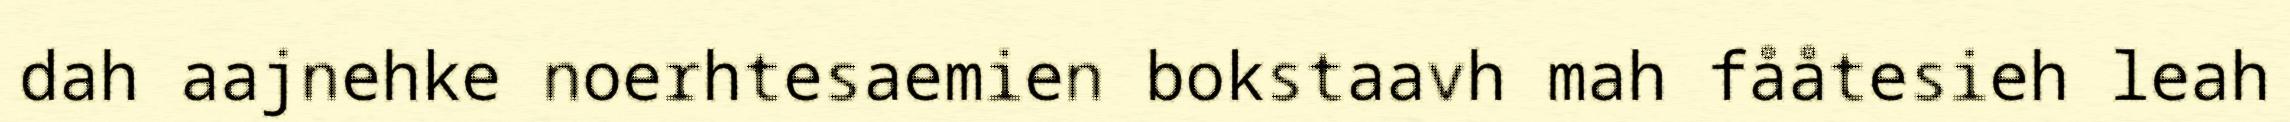
dah aajnehke noerhtesaemien bokstaavh mah fååtesieh leah